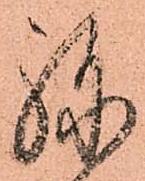
弥